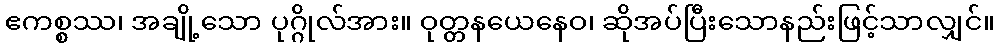
ဧကစ္စဿ၊ အချို့သော ပုဂ္ဂိုလ်အား။ ဝုတ္တနယေနေဝ၊ ဆိုအပ်ပြီးသောနည်းဖြင့်သာလျှင်။